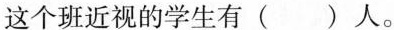
这个班近视的学生有( )人。